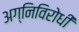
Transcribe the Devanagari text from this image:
अग्निविरोधी